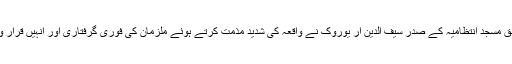
نشریاتی ادارے ٹی آرٹی کے مطابق مسجد انتظامیہ کے صدر سیف الدین ار یوروک نے واقعہ کی شدید مذمت کرتے ہوئے ملزمان کی فوری گرفتاری اور انہیں قرار واقعی سزا دینے کا مطالبہ کیا ہے۔